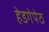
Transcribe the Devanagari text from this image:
हेडगेपेठ